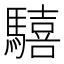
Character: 𩦇